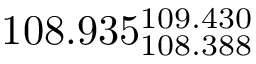
1 0 8 . 9 3 5 _ { 1 0 8 . 3 8 8 } ^ { 1 0 9 . 4 3 0 }